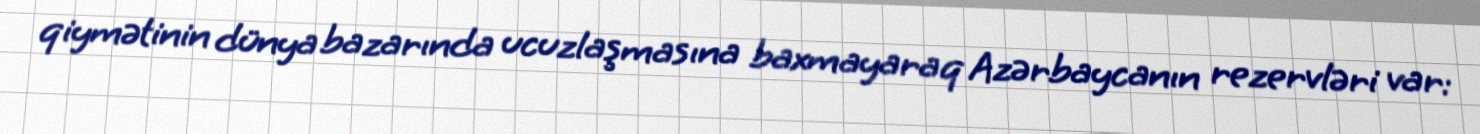
qiymətinin dünya bazarında ucuzlaşmasına baxmayaraq Azərbaycanın rezervləri var: